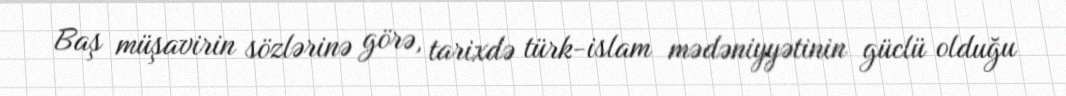
Baş müşavirin sözlərinə görə, tarixdə türk-islam mədəniyyətinin güclü olduğu